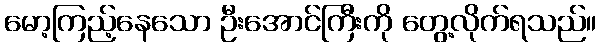
မော့ကြည့်နေသော ဦးအောင်ကြီးကို တွေ့လိုက်ရသည်။